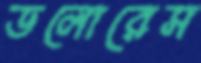
ডলোরেস